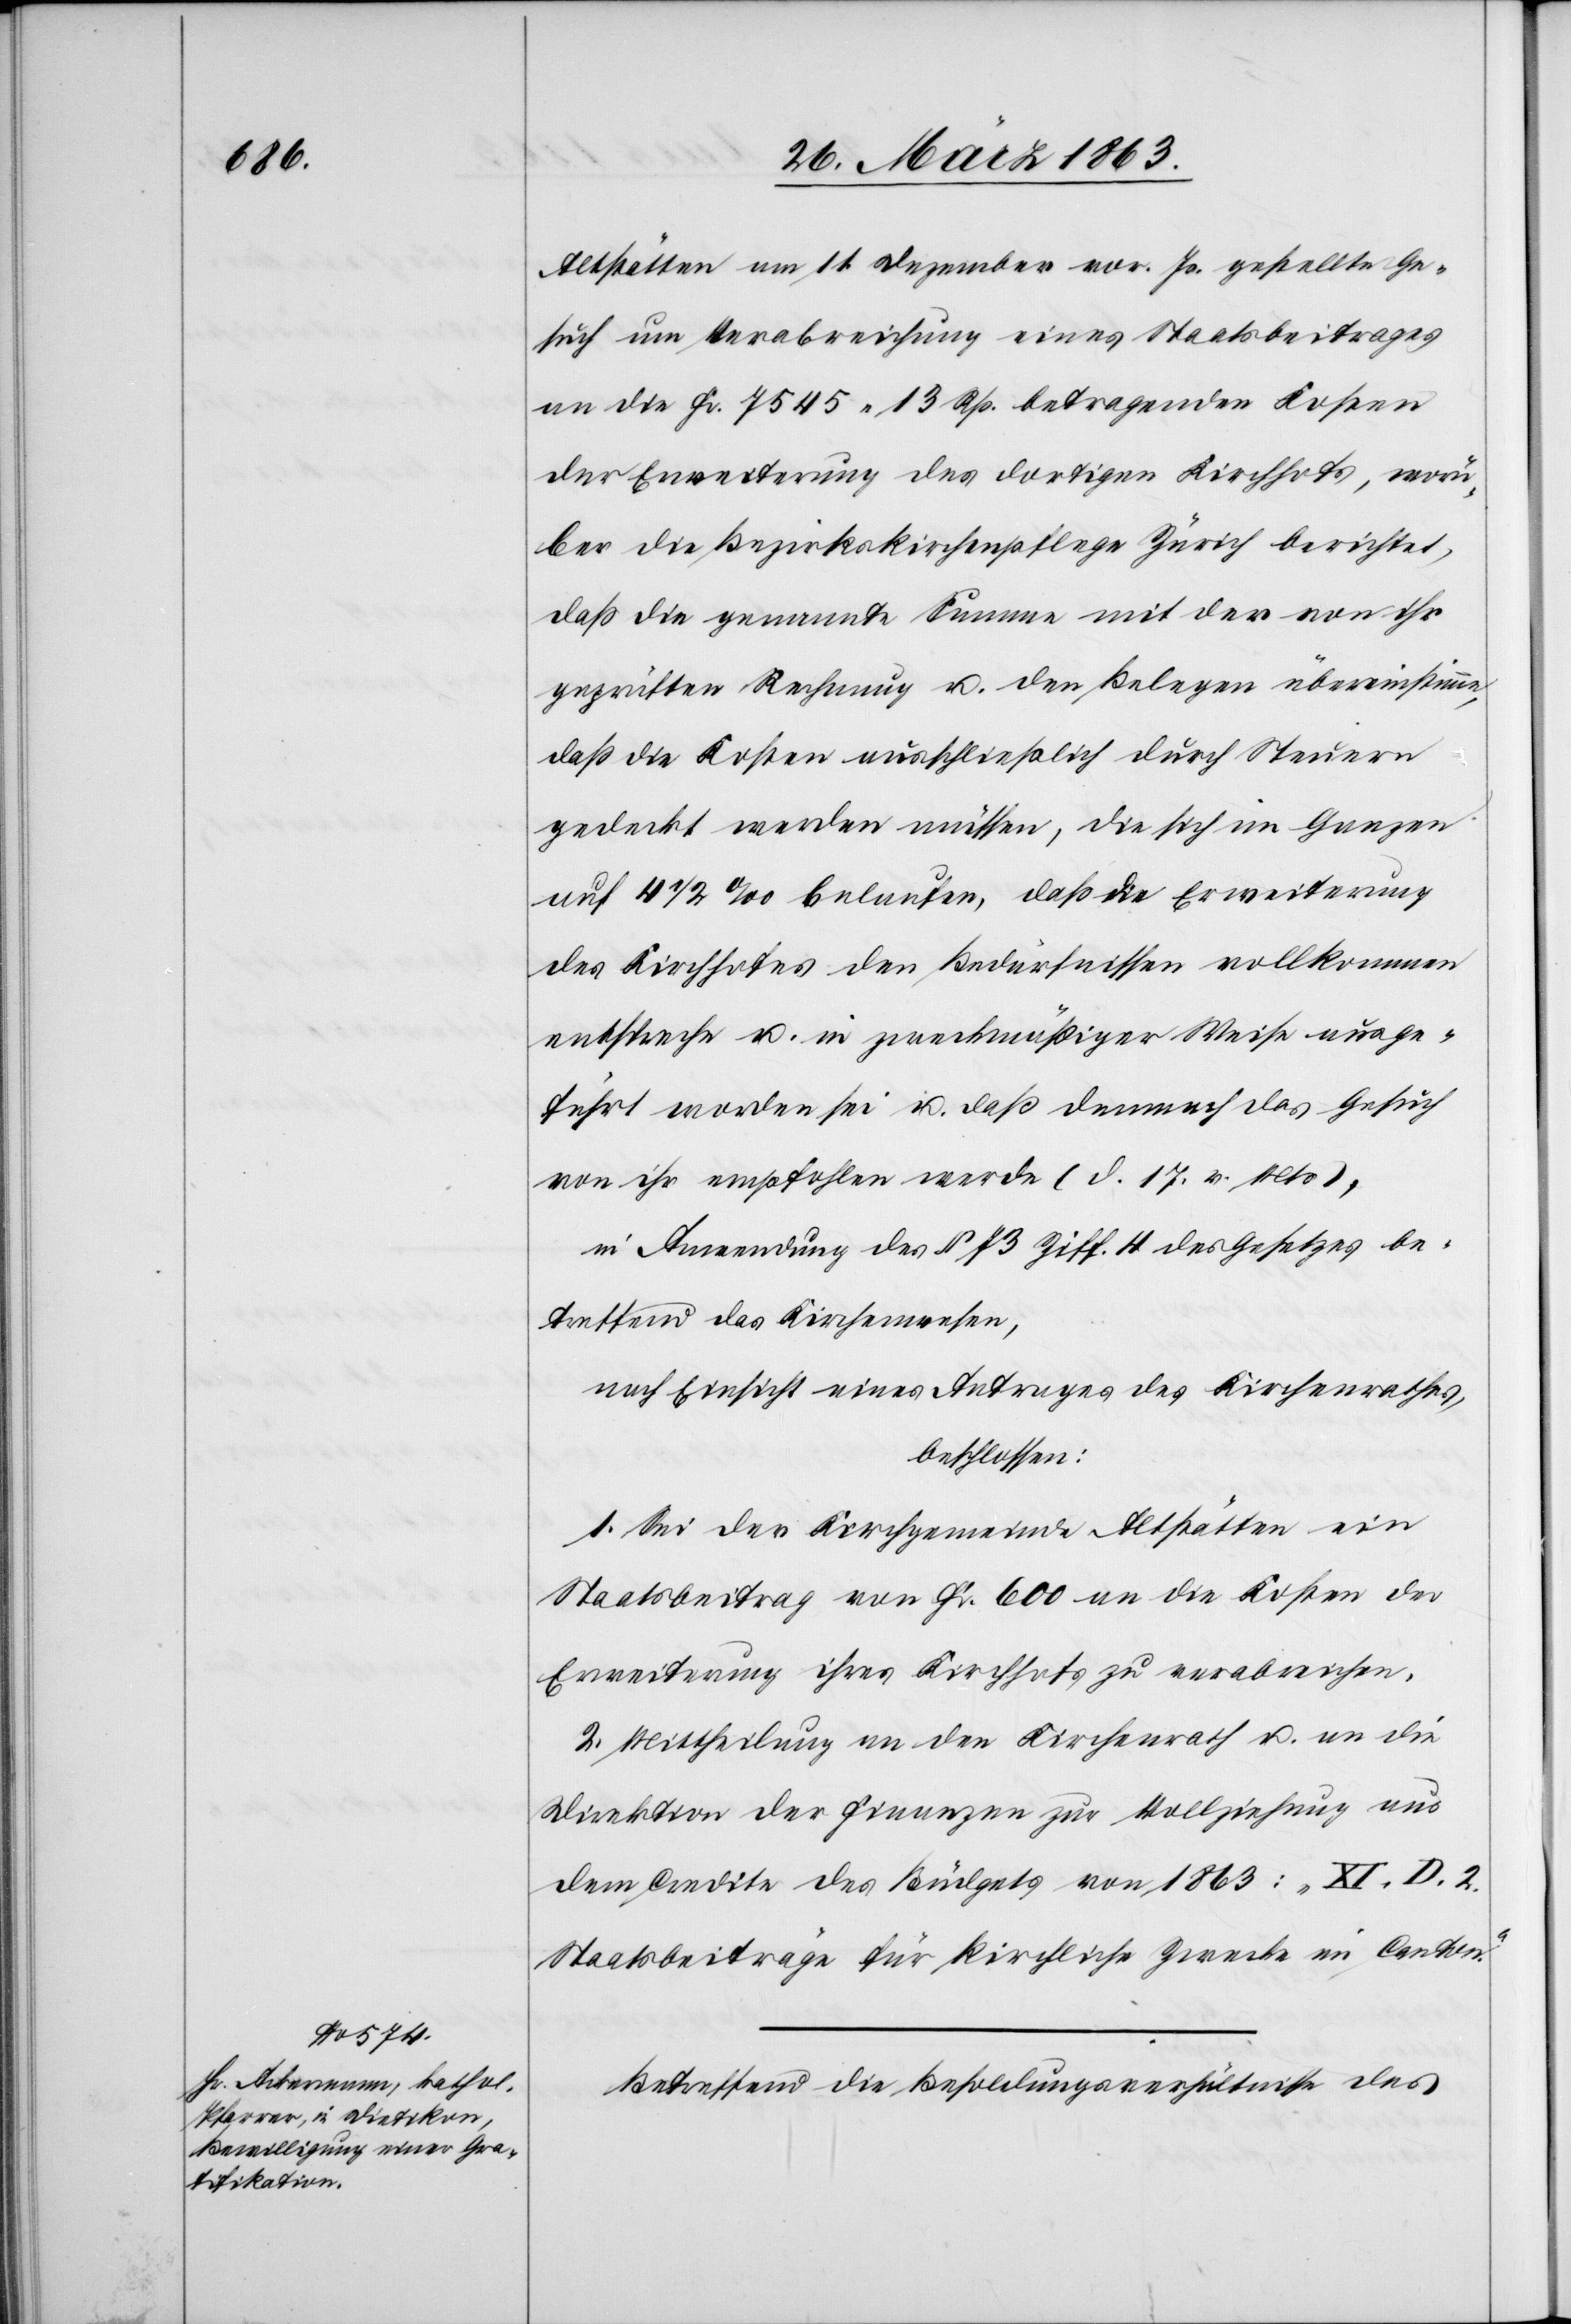
Altstätten am 11. Dezember vor. Js. gestellte Ge¬
such um Verabreichung eines Staatsbeitrages
an die Fr. 7545. 13 Rp. betragenden Kosten
der Erweiterung des dortigen Kirchhofs, worü¬
ber die Bezirkskirchenpflege Zürich berichtet,
daß die genannte Summe mit der von ihr
geprüften Rechnung u. den Belegen übereinstimme,
daß die Kosten ausschließlich durch Steuern
gedeckt werden müssen, die sich im Ganzen
auf 4 1/2 ‰ belaufen, daß die Erweiterung
des Kirchhofes den Bedürfnissen vollkommen
entspreche u. in zweckmäßiger Weise ausge¬
führt worden sei u. daß demnach das Gesuch
von ihr empfohlen werde (d. 17. v. Mts),
in Anwendung des § 73 Ziff. 4 des Gesetzes be¬
treffend das Kirchenwesen,
nach Einsicht eines Antrages des Kirchenrathes,
beschlossen:
1. Sei der Kirchgemeinde Altstätten ein
Staatsbeitrag von Fr. 600 an die Kosten der
Erweiterung ihres Kirchhofs zu verabreichen.
2. Mittheilung an den Kirchenrath u. an die
Direktion der Finanzen zur Vollziehung aus
dem Credite des Büdgets von 1863: „XI. D. 2.
Staatsbeiträge für kirchliche Zwecke im Canton“.
Betreffend die Besoldungsverhältnisse des